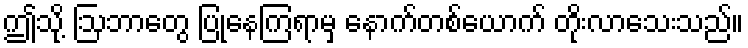
ဤသို့ ဩဘာတွေ ပြုနေကြရာမှ နောက်တစ်ယောက် တိုးလာသေးသည်။